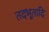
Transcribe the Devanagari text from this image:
तदभूतादि